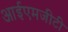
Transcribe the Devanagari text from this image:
आईएमजीटी